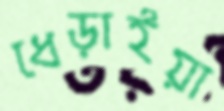
ধেড়াইয়া